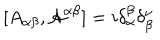
[ A _ { \alpha \beta } , { \cal { A } } ^ { \alpha \beta } ] = i \delta _ { \alpha } ^ { \beta } \delta _ { \beta } ^ { \nu }